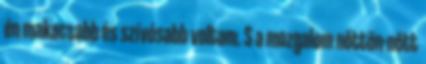
én makacsabb és szívósabb voltam. S a mozgalom nőttön-nőtt